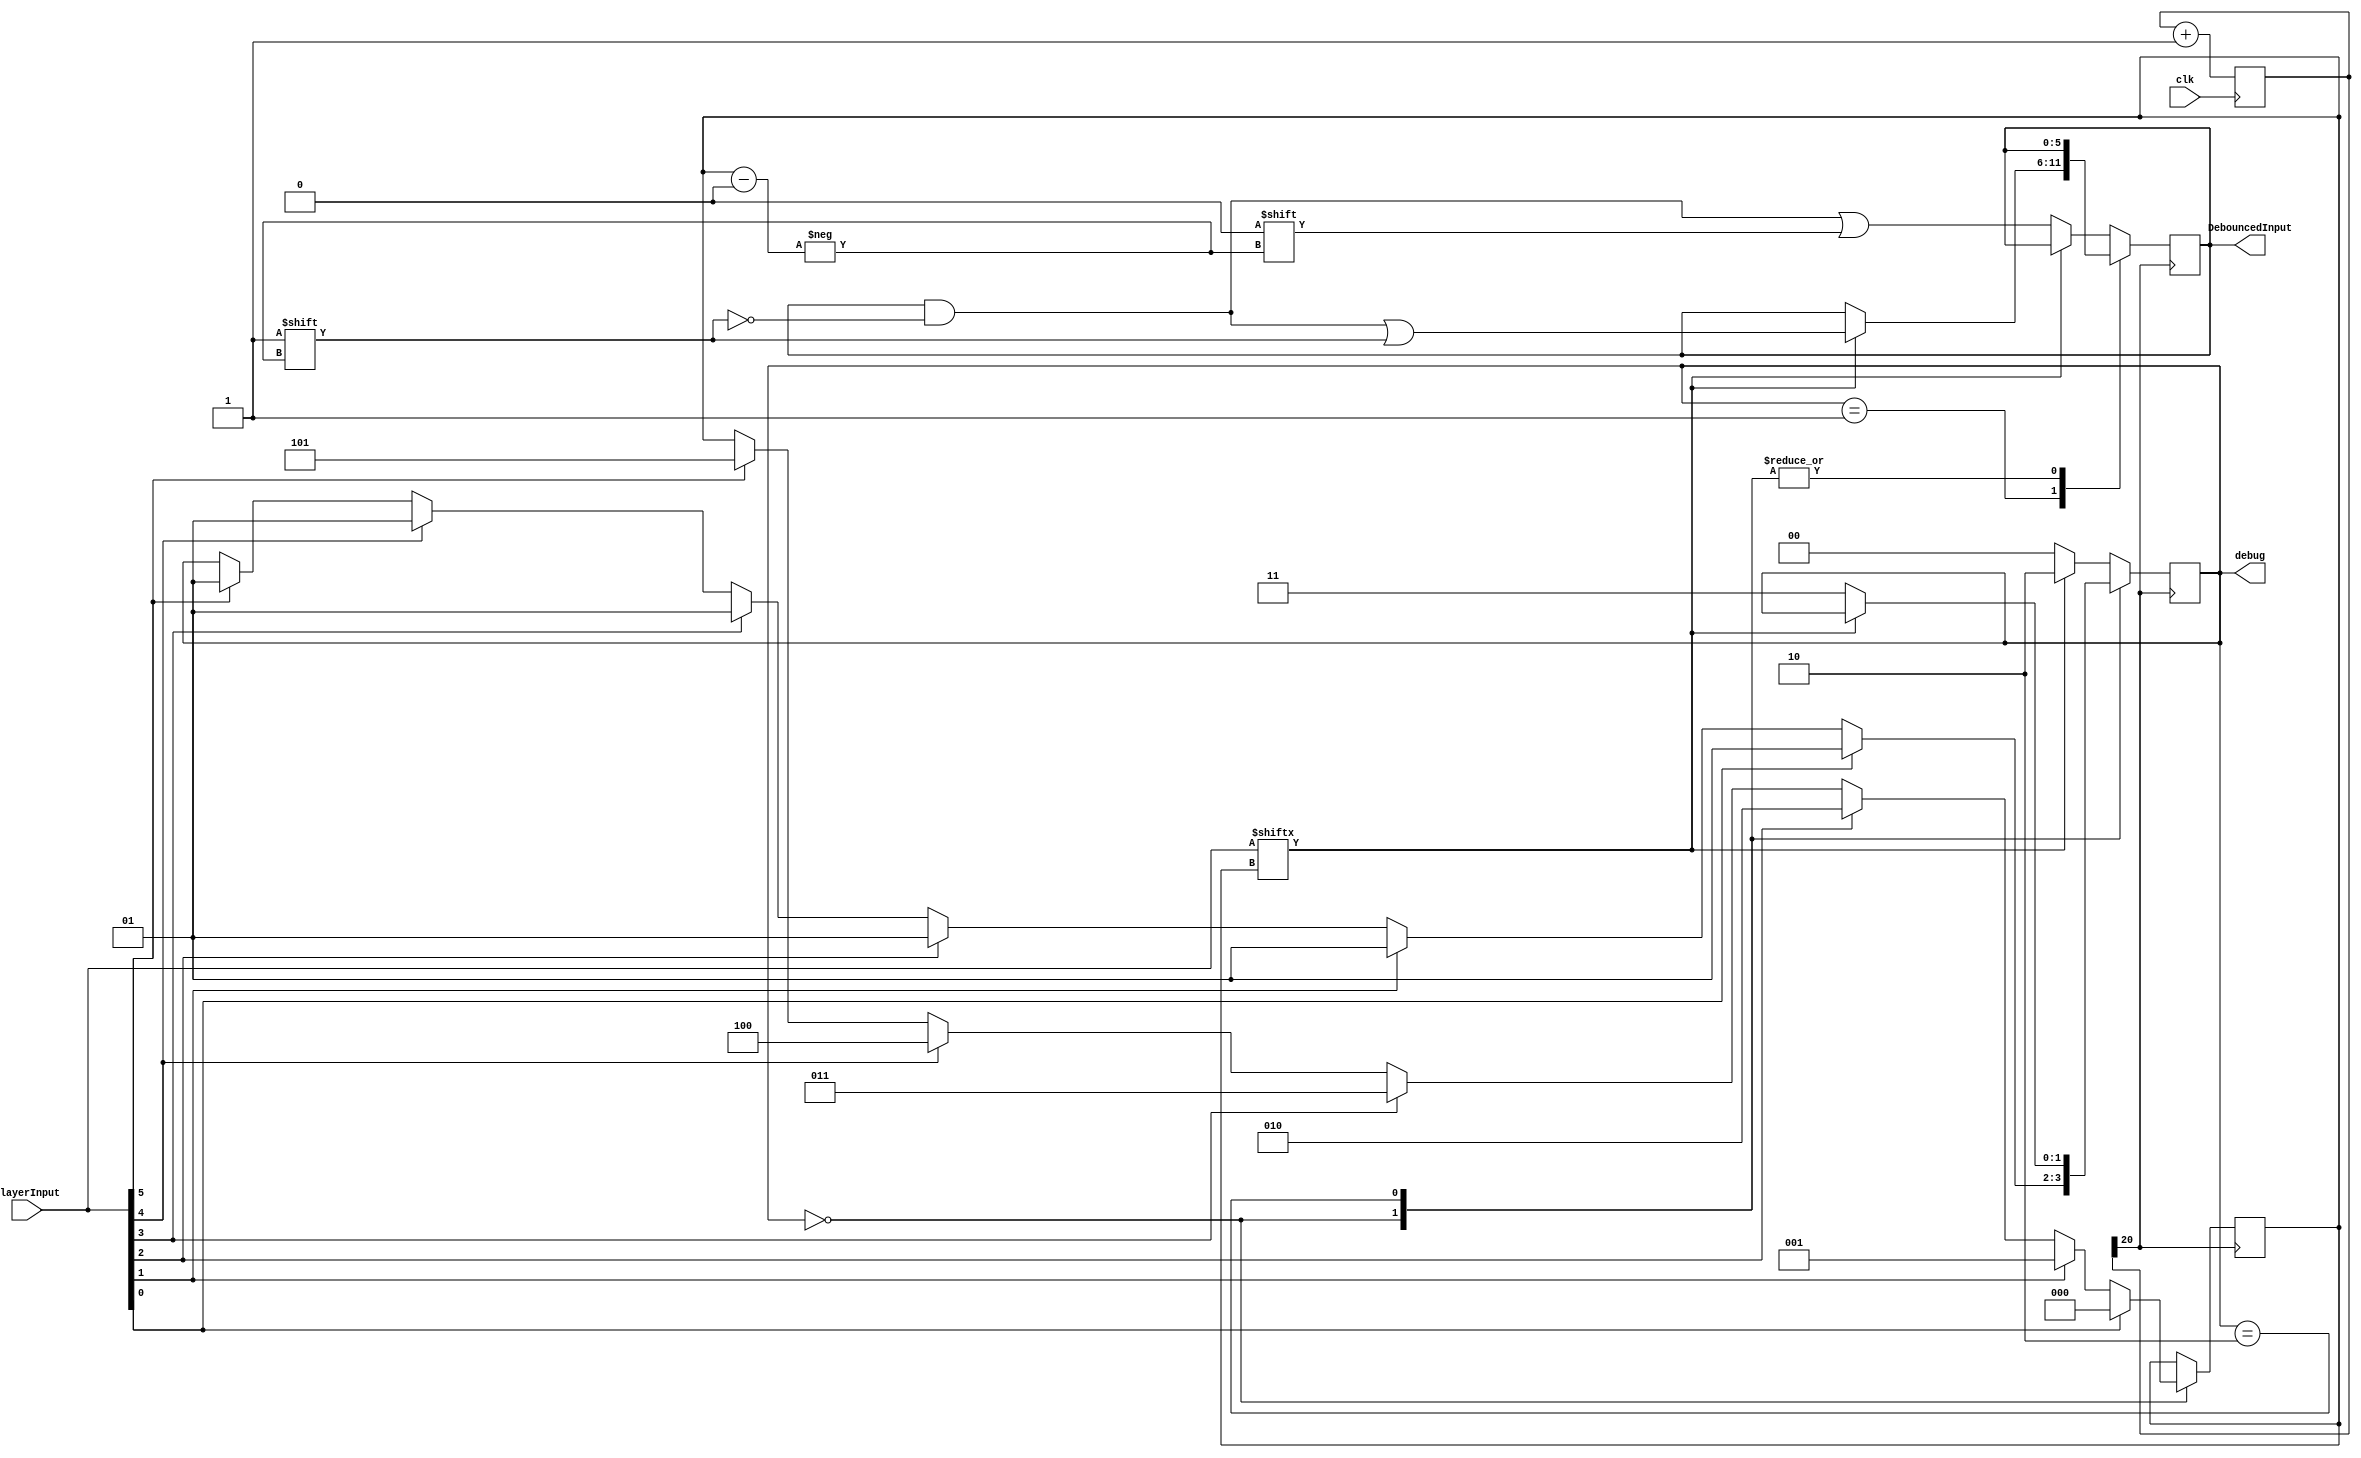
module HWDebounce(
	input clk,
	input [5:0] PlayerInput,
	output reg [5:0] DebouncedInput,
	output [1:0] debug
);

wire DebounceClk;
reg [1:0] state;
// State definitions
parameter NoPush = 2'b0;
parameter MaybePush = 2'b01;
parameter Pushed = 2'b10;
parameter MaybeNoPush = 2'b11;

assign debug = state;

reg [20:0] count;	// register used to count number of clock cycles for debounce
/* clk running at 53.703 MHz -> period = ~1.8621 x 10^-8 s
 * approximately 20-30 ms needed for proper debounce
 * 30ms / 1.8621 x 10^-8 s = ~1611090 counts
 * 11 followed by 19 0's is 1572864 -> ~29.3 ms */


reg [2:0] button;
/* 0 = Fire/Select
 * 1 = Rotate
 * 2 = Down
 * 3 = Right
 * 4 = Up
 * 5 = Left
 * 6 = None
 */

// Divide the input clock down
always @(posedge clk)
begin
	count <= count + 1;
end
assign DebounceClk = count[20];
 
initial
begin
	state = NoPush;
	button = 3'd6;
	count = 21'b0;
	DebouncedInput = 6'b0;
end

always @(posedge DebounceClk)
begin	
	case (state)		
		NoPush:
		begin
			if(PlayerInput[0])		// if Fire/Select button is pressed
			begin
				button <= 3'd0;
				state <= MaybePush;
			end
			else if(PlayerInput[1]) // if Rotate button is pressed
			begin
				button <= 3'd1;
				state <= MaybePush;
			end
			else if(PlayerInput[2])	// if Down button is pressed
			begin
				button <= 3'd2;
				state <= MaybePush;
			end
			else if(PlayerInput[3])	// if Right button is pressed
			begin
				button <= 3'd3;
				state <= MaybePush;
			end
			else if(PlayerInput[4])	// if Up button is pressed
			begin
				button <= 3'd4;
				state <= MaybePush;
			end
			else if(PlayerInput[5])	// if Left button is pressed
			begin
				button <= 3'd5;
				state <= MaybePush;
			end
		end
		
		MaybePush:
		begin
			if(PlayerInput[button])
			begin
				state <= Pushed;
				DebouncedInput[button] <= 1'b1;
			end
			else state <= NoPush;
		end
		
		Pushed:
		begin
			if(!PlayerInput[button])
			begin
				state <= MaybeNoPush;
			end
		end
		
		//MaybeNoPush:
		default:
		begin
			if(PlayerInput[button])
			begin
				state <= Pushed;
			end
			else
			begin
				state <= NoPush;
				DebouncedInput[button] <= 1'b0;
			end
		end
	
	endcase
end
	
endmodule